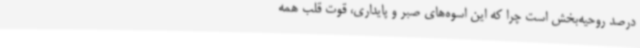
درصد روحیه‌بخش است چرا که این اسوه‌های صبر و پایداری، قوت قلب همه